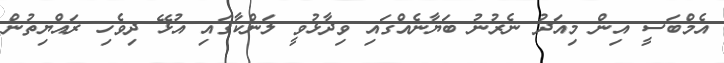
އެމްބަސީ އިން މިއަދު ނެރުނު ބަޔާނެއްގައި ވިދާޅުވީ ލަންކާގައި އުޅޭ ދިވެހި ރައްޔިތުން